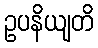
ဥပနိယျတိ